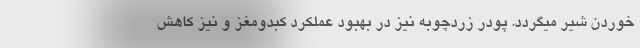
خوردن شیر میگردد. پودر زردچوبه نیز در بهبود عملکرد کبدومغز و نیز کاهش